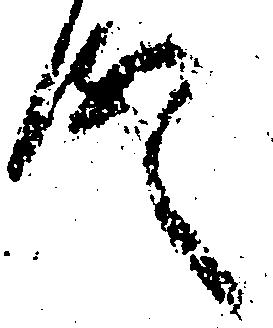
殿